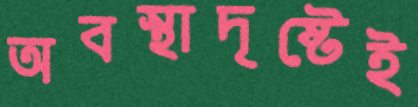
অবস্থাদৃষ্টেই